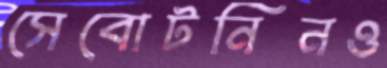
সেবোটনিনও